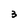
Character: 3